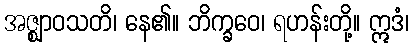
အဇ္ဈာဝသတိ၊ နေ၏။ ဘိက္ခဝေ၊ ရဟန်းတို့။ ဣဒံ၊